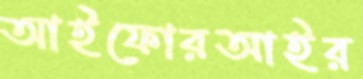
আইফোরআইর